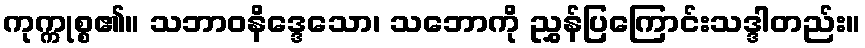
ကုက္ကုစ္စ၏။ သဘာဝနိဒ္ဒေသော၊ သဘောကို ညွှန်ပြကြောင်းသဒ္ဒါတည်း။